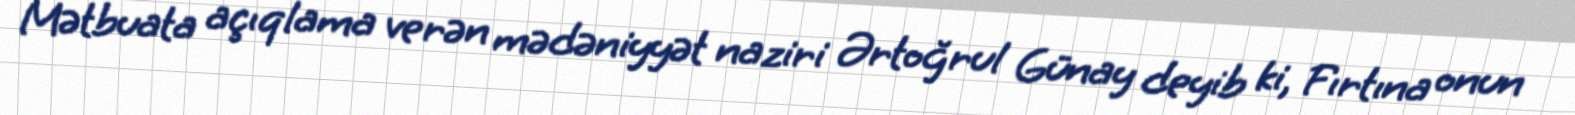
Mətbuata açıqlama verən mədəniyyət naziri Ərtoğrul Günay deyib ki, Fırtına onun